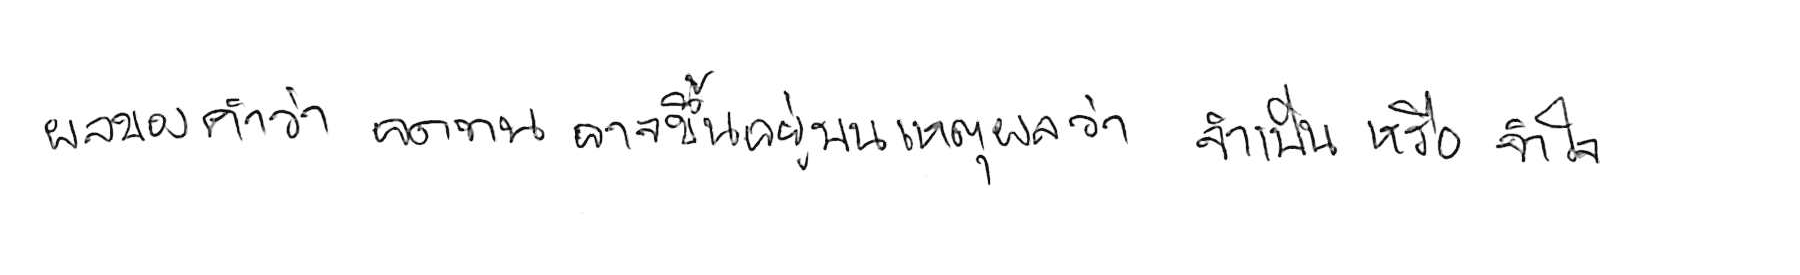
ผลของคำว่า อดทน อาจขึ้นอยู่บนเหตุผลว่า จำเป็น หรือ จำใจ